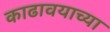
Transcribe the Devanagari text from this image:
काढावयाच्या